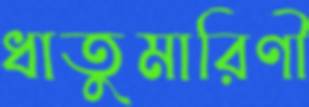
ধাতুমারিণী